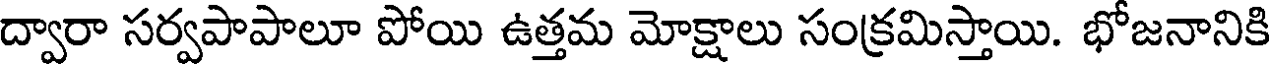
ద్వారా సర్వపాపాలూ పోయి ఉత్తమ మోక్షాలు సంక్రమిస్తాయి. భోజనానికి